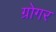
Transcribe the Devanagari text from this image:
ग्रोगर